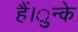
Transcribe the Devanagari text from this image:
हैं।ुन्के